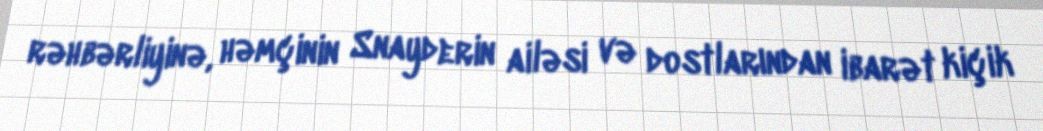
rəhbərliyinə, həmçinin Snayderin ailəsi və dostlarından ibarət kiçik